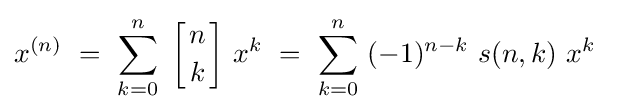
x^{(n)}\ =\ \sum _{k=0}^{n}\ {\biggl [}{n \atop k}{\biggr ]}\ x^{k}\ =\ \sum _{k=0}^{n}\ (-1)^{n-k}\ s(n,k)\ x^{k}\